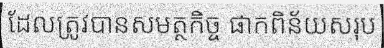
ដែលត្រូវបានសមត្ថកិច្ច ផាកពិន័យសរុប